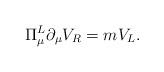
LaTeX: \begin{align*}\Pi_{\mu}^{L} \partial_{\mu} V_{R} = m V_{L}. \end{align*}